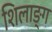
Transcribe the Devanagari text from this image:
शिलाङ्ग